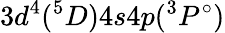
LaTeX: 3d^{4}(^{5}D)4s4p(^{3}P^{\circ})